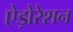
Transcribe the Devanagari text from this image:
ऐड़ोरेशन